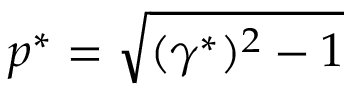
p ^ { * } = \sqrt { ( \gamma ^ { * } ) ^ { 2 } - 1 }